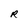
Character: R